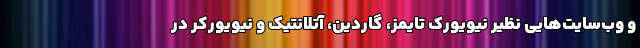
و وب‌سایت‌هایی نظیر نیویورک تایمز، گاردین، آتلانتیک و نیویورکر در